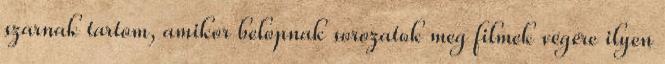
szarnak tartom, amikor belopnak sorozatok meg filmek végére ilyen